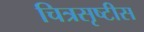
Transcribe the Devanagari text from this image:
चित्रसृष्टीस